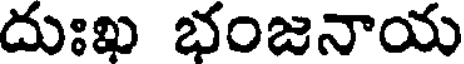
దుఃఖ భంజనాయ